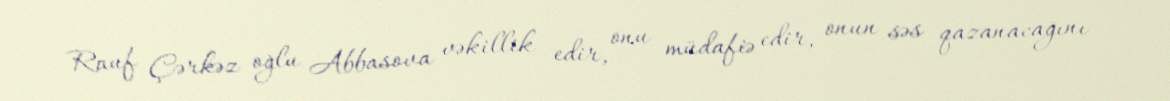
Rauf Çərkəz oğlu Abbasova vəkillik edir, onu müdafiə edir, onun səs qazanacağını